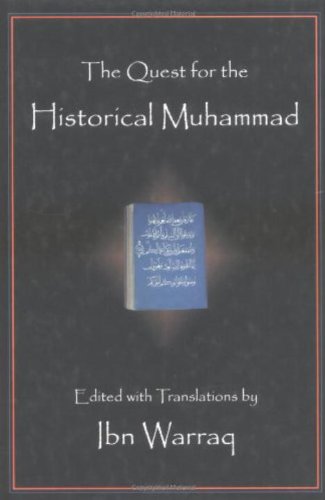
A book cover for The Quest for the Historical Muhammad; Religion & Spirituality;